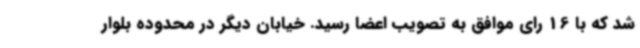
شد که با 16 رای موافق به تصویب اعضا رسید. خیابان دیگر در محدوده بلوار